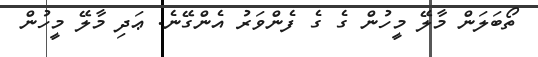
ތޯބަލަން މާލޭ މީހުން ގެ ގެ ފެންވަރު އެންގޭނެ. ޢަދި މާލޭ މީހުން